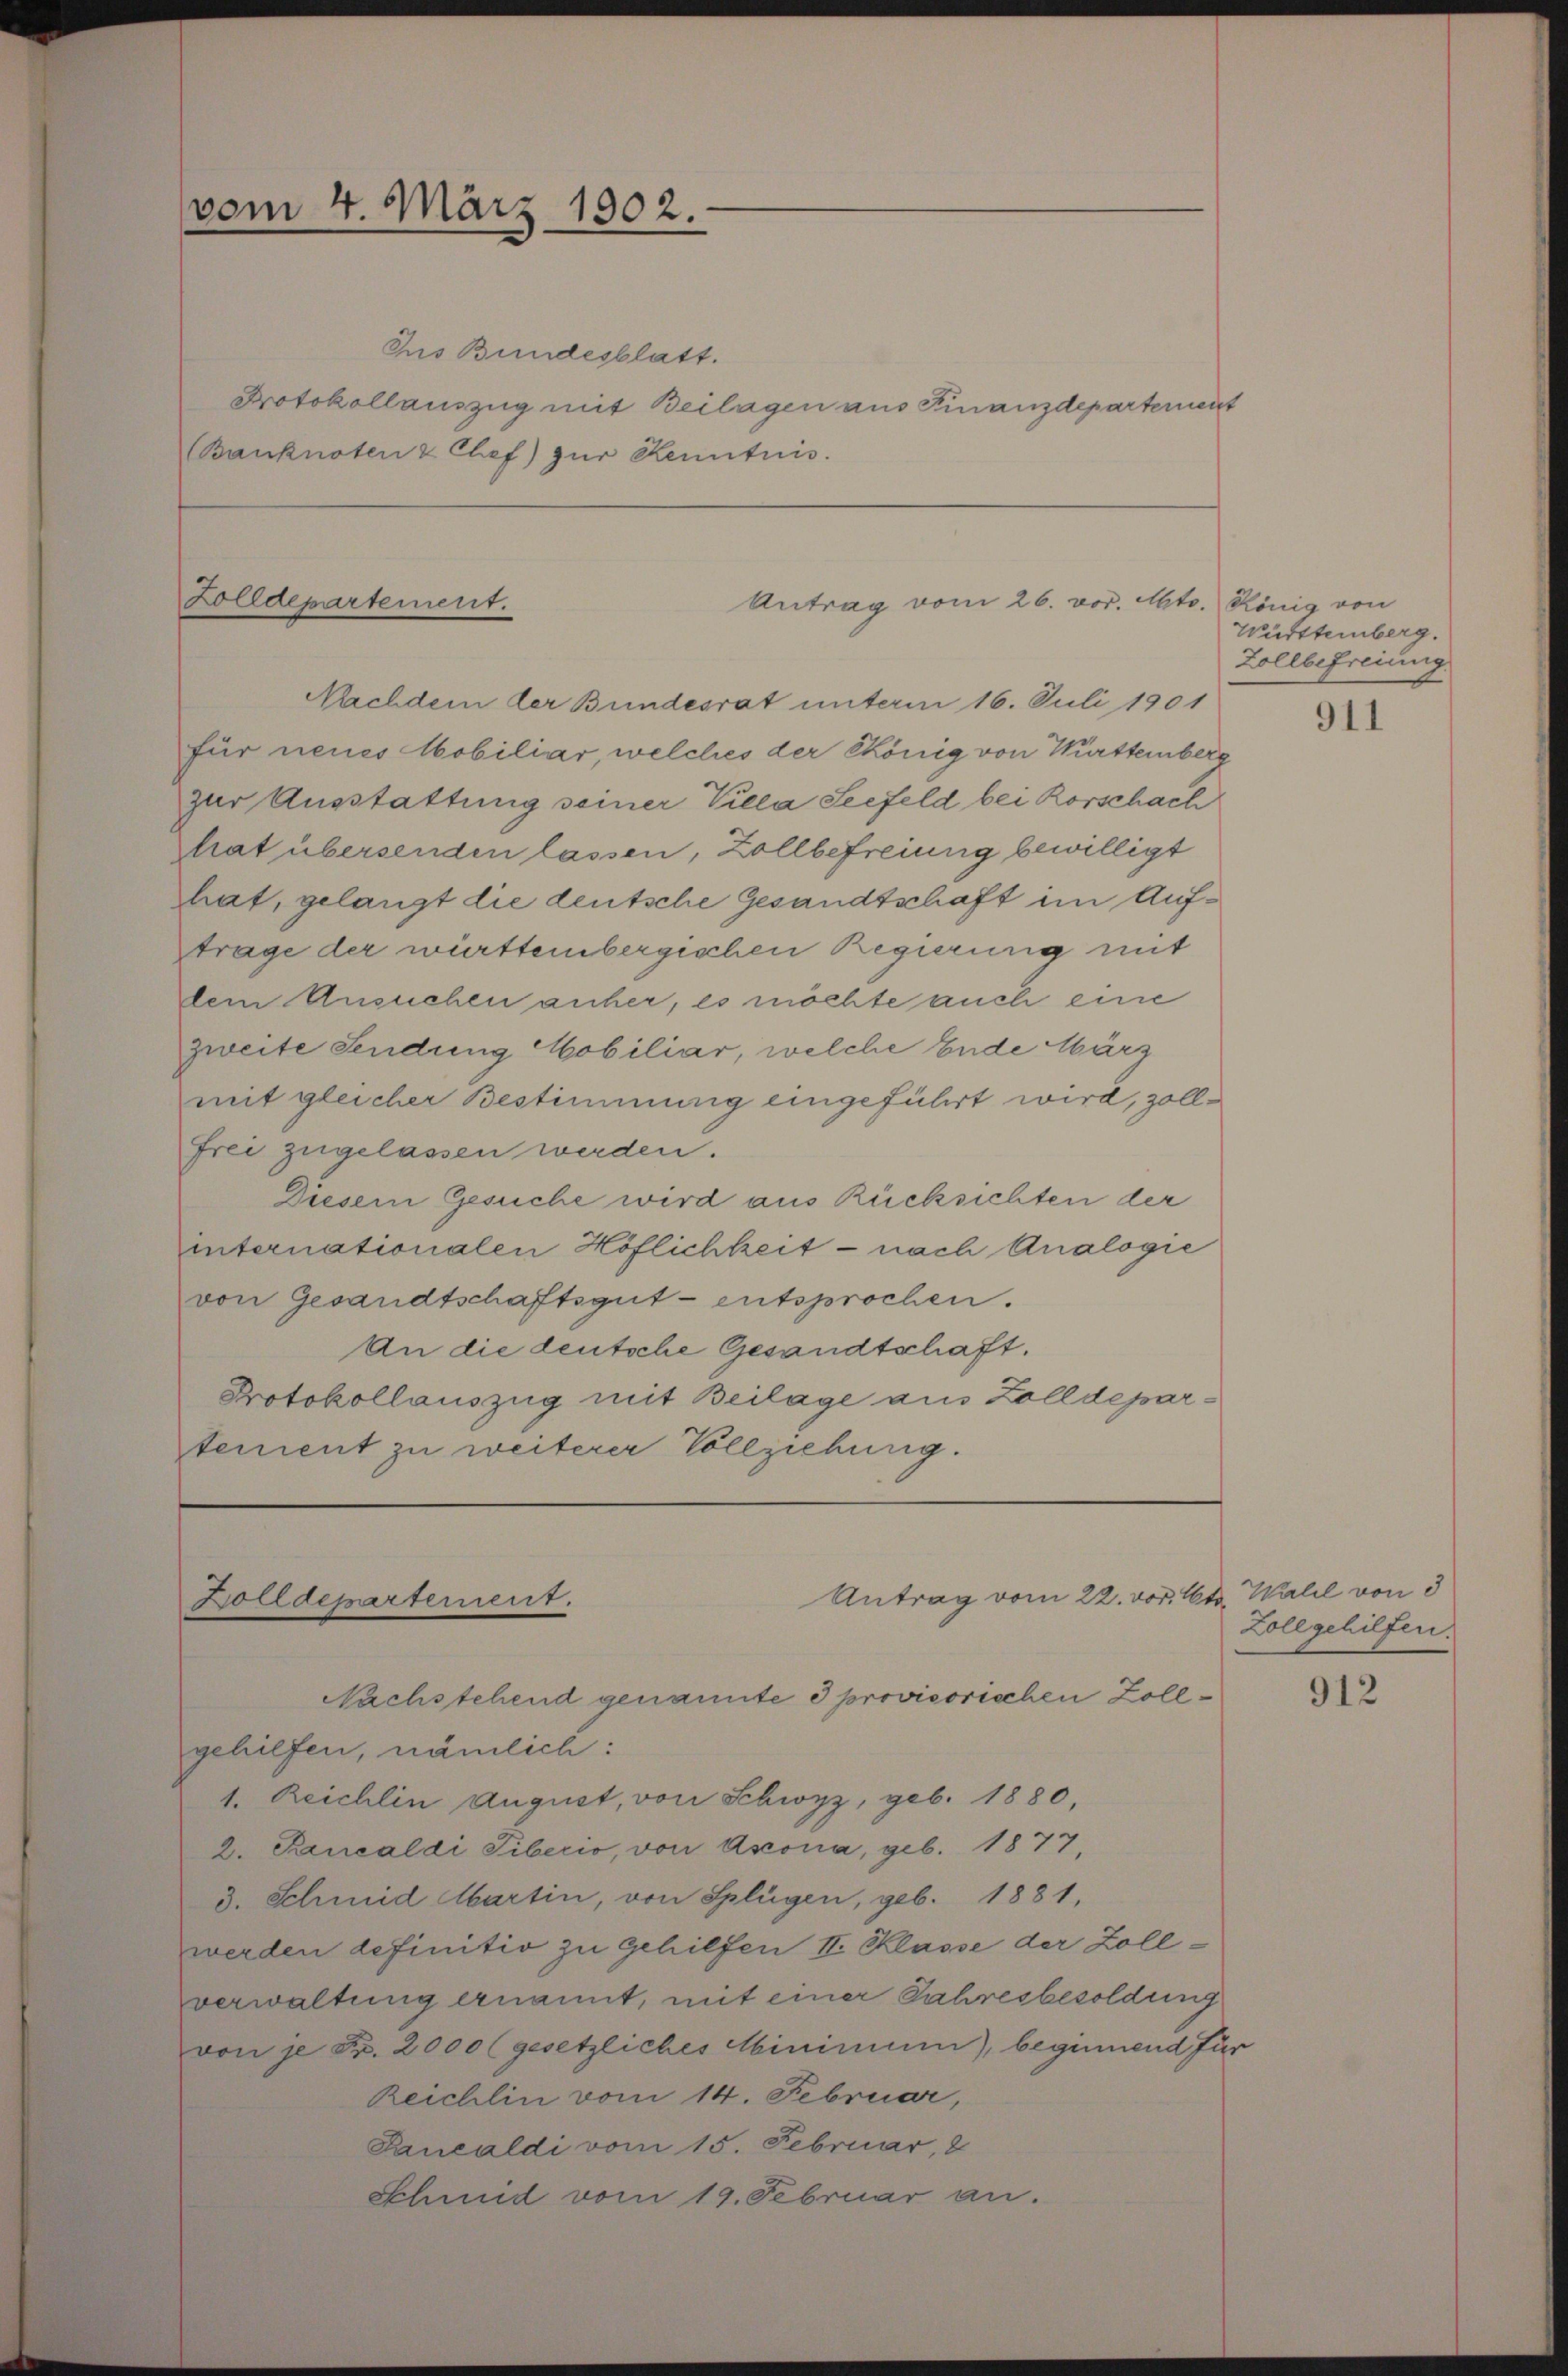
vom 4. März 1902.

Ius Bundesblatt.
Protokollauszug mit Beilagen aus Finanzdepartement
Banknoten & Chef) zŭr Kenntnis.

Zolldepartement.

Antrag vom 26. vor. Mts. König von

Nachdem der Bundesrat unterm 16. Juli 1901
für neues Mobiliar, welches der könig von Württemberg
zur Ausstattung seiner Villa Seefeld bei Korschach
trat übersenden lassen, Zollbefreiung bewilligt
hat, gelangt die deutsche Gesandtschaft im Auftrage der württembergischen Regierung mit
dem Ansuchen anher, es möchte auch eine
zweite Sendung Mobiliar, welche Ende März
mit gleicher Bestimmung eingeführt wird, zollfrei zugelassen werden.
Diesem Gesuche wird aus Rücksichten der
internationalen Höflichkeit - nach Analogie
von Gesandtschaftsgut - entsprochen.
An die deutsche Gesandtschaft.
Protokollauszug mit Beilage aus Zolldepartement zu weiterer Vollziehung.

gehilfen, nämlich:
1. Reichlin August, von Schwyz, geb. 1880
2. Rancaldi Tiberio, von Assona, geb. 1877,
3. Schmid Martin, von Splügen, geb. 1881,
werden definitiv zu gehilfen II. Klasse der Zollverwaltung ernannt, mit einer Jahresbesoldung
von je Fr. 2000 (gesetzliches Minimum, beginnend für
Reichlin vom 14. Februar,
Pancaldi vom 15. Februar, 8
Schmid vom 19. Februar an.

Antrag vom 22. vor. Mts. Wall von 3
Zolldepartement.
Nachstehend genannte e provisorischen Zoll¬

Württemberg.
Zollbefreiung

911

Zoll gehilfen.

912